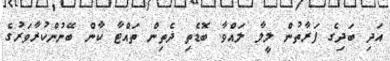
އަދި ބަދިގެ ފަރާތުން ލީލާ ލައްވާ ބޮޑެތި ދެތިން ތައްޓާ ކާން ބޭނުންކުރާވަރުގެ